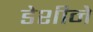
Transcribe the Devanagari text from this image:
डेशीने